Source: Handwritten
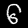
Digit: ၆ (6)